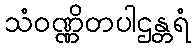
သံဝဏ္ဏိတပါဌန္တရံ